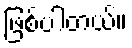
ဖြစ်ပါတယ်။